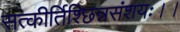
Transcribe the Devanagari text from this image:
सत्कीर्तिश्छिन्नसंशयः।।